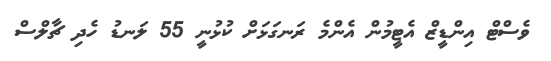
ވެސްޓް އިންޑީޒް އެޓީމުން އެންމެ ރަނގަޅަށް ކުޅުނީ 55 ލަނޑު ހެދި ޗާލްސް